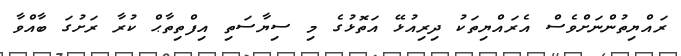
ރައްޔިތުންނަށްވެސް އެރައްޔިތަކު ދިރިއުޅޭ އަތޮޅުގެ މި ސިޔާސަތި އިފްތިތާޙް ކުރާ ރަށުގަ ބާއްވާ